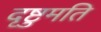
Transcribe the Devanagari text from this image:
दृष्टुमति